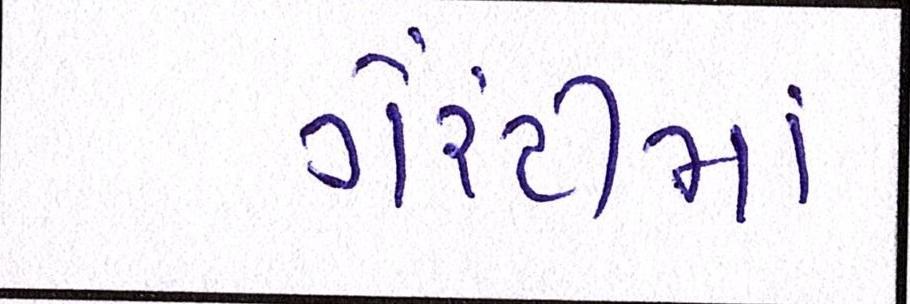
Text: ગેરંટીમાં